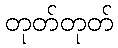
တုတ်တုတ်